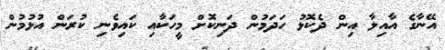
އޭނާގެ އާއިލާ އިން ދެކޮޅު ހަދަމުން ދަނިކޮށް މީހަކާއި ކައިވެނި ކުރަން އުޅުމުން